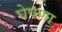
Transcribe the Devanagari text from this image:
घेषणा